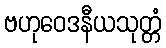
ဗဟုဝေဒနီယသုတ္တံ